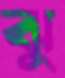
ঝু